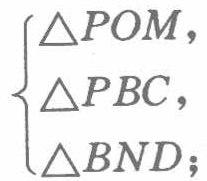
\[

\begin{cases}

\triangle POM, \\

\triangle PBC, \\

\triangle BND;

\end{cases}

\]